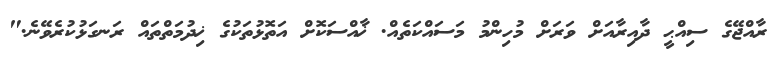
ރާއްޖޭގެ ސިއްޙީ ދާއިރާއަށް ވަރަށް މުހިންމު މަސައްކަތެއް. ޚާއްސަކޮށް އަތޮޅުތަކުގެ ޚިދުމަތްތައް ރަނގަޅުކުރެވޭނެ."